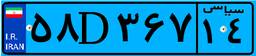
۵۸D۳۶۷۱۴